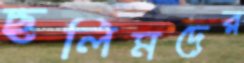
ছলিমদের